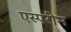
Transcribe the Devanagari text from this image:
एस्परीन